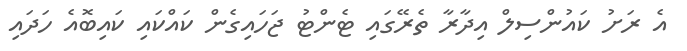
އެ ރަށު ކައުންސިލް އިދާރާ ތެރޭގައި ޓެންޓު ޖަހައިގެން ކައްކައި ކައިބޮއެ ހަދައި